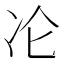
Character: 㓆